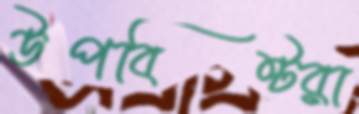
উপবিষ্টরা